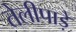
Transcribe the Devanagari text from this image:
तेलीपाड़े